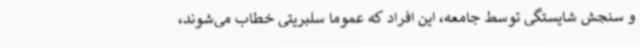
و سنجش شایستگی توسط جامعه، این افراد که عموما سلبریتی‌ خطاب می‌شوند،